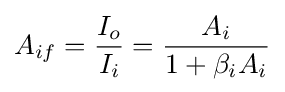
A_{if}={\frac {I_{o}}{I_{i}}}={\frac {A_{i}}{1+\beta _{i}A_{i}}}